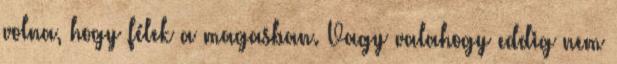
volna, hogy félek a magasban. Vagy valahogy eddig nem